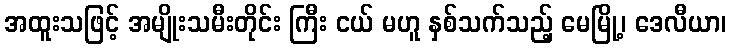
အထူးသဖြင့် အမျိုးသမီးတိုင်း ကြီး ငယ် မဟူ နှစ်သက်သည့် မေမြို့၊ ဒေလီယာ၊